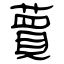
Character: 蕒